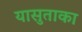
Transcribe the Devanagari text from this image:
यासुताका